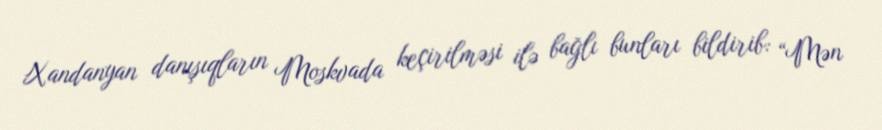
Xandanyan danışıqların Moskvada keçirilməsi ilə bağlı bunları bildirib: “Mən